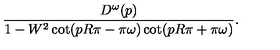
\frac { D ^ { \omega } ( p ) } { 1 - W ^ { 2 } \cot ( p R \pi - \pi \omega ) \cot ( p R \pi + \pi \omega ) } .